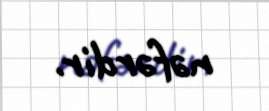
nəfərdir.